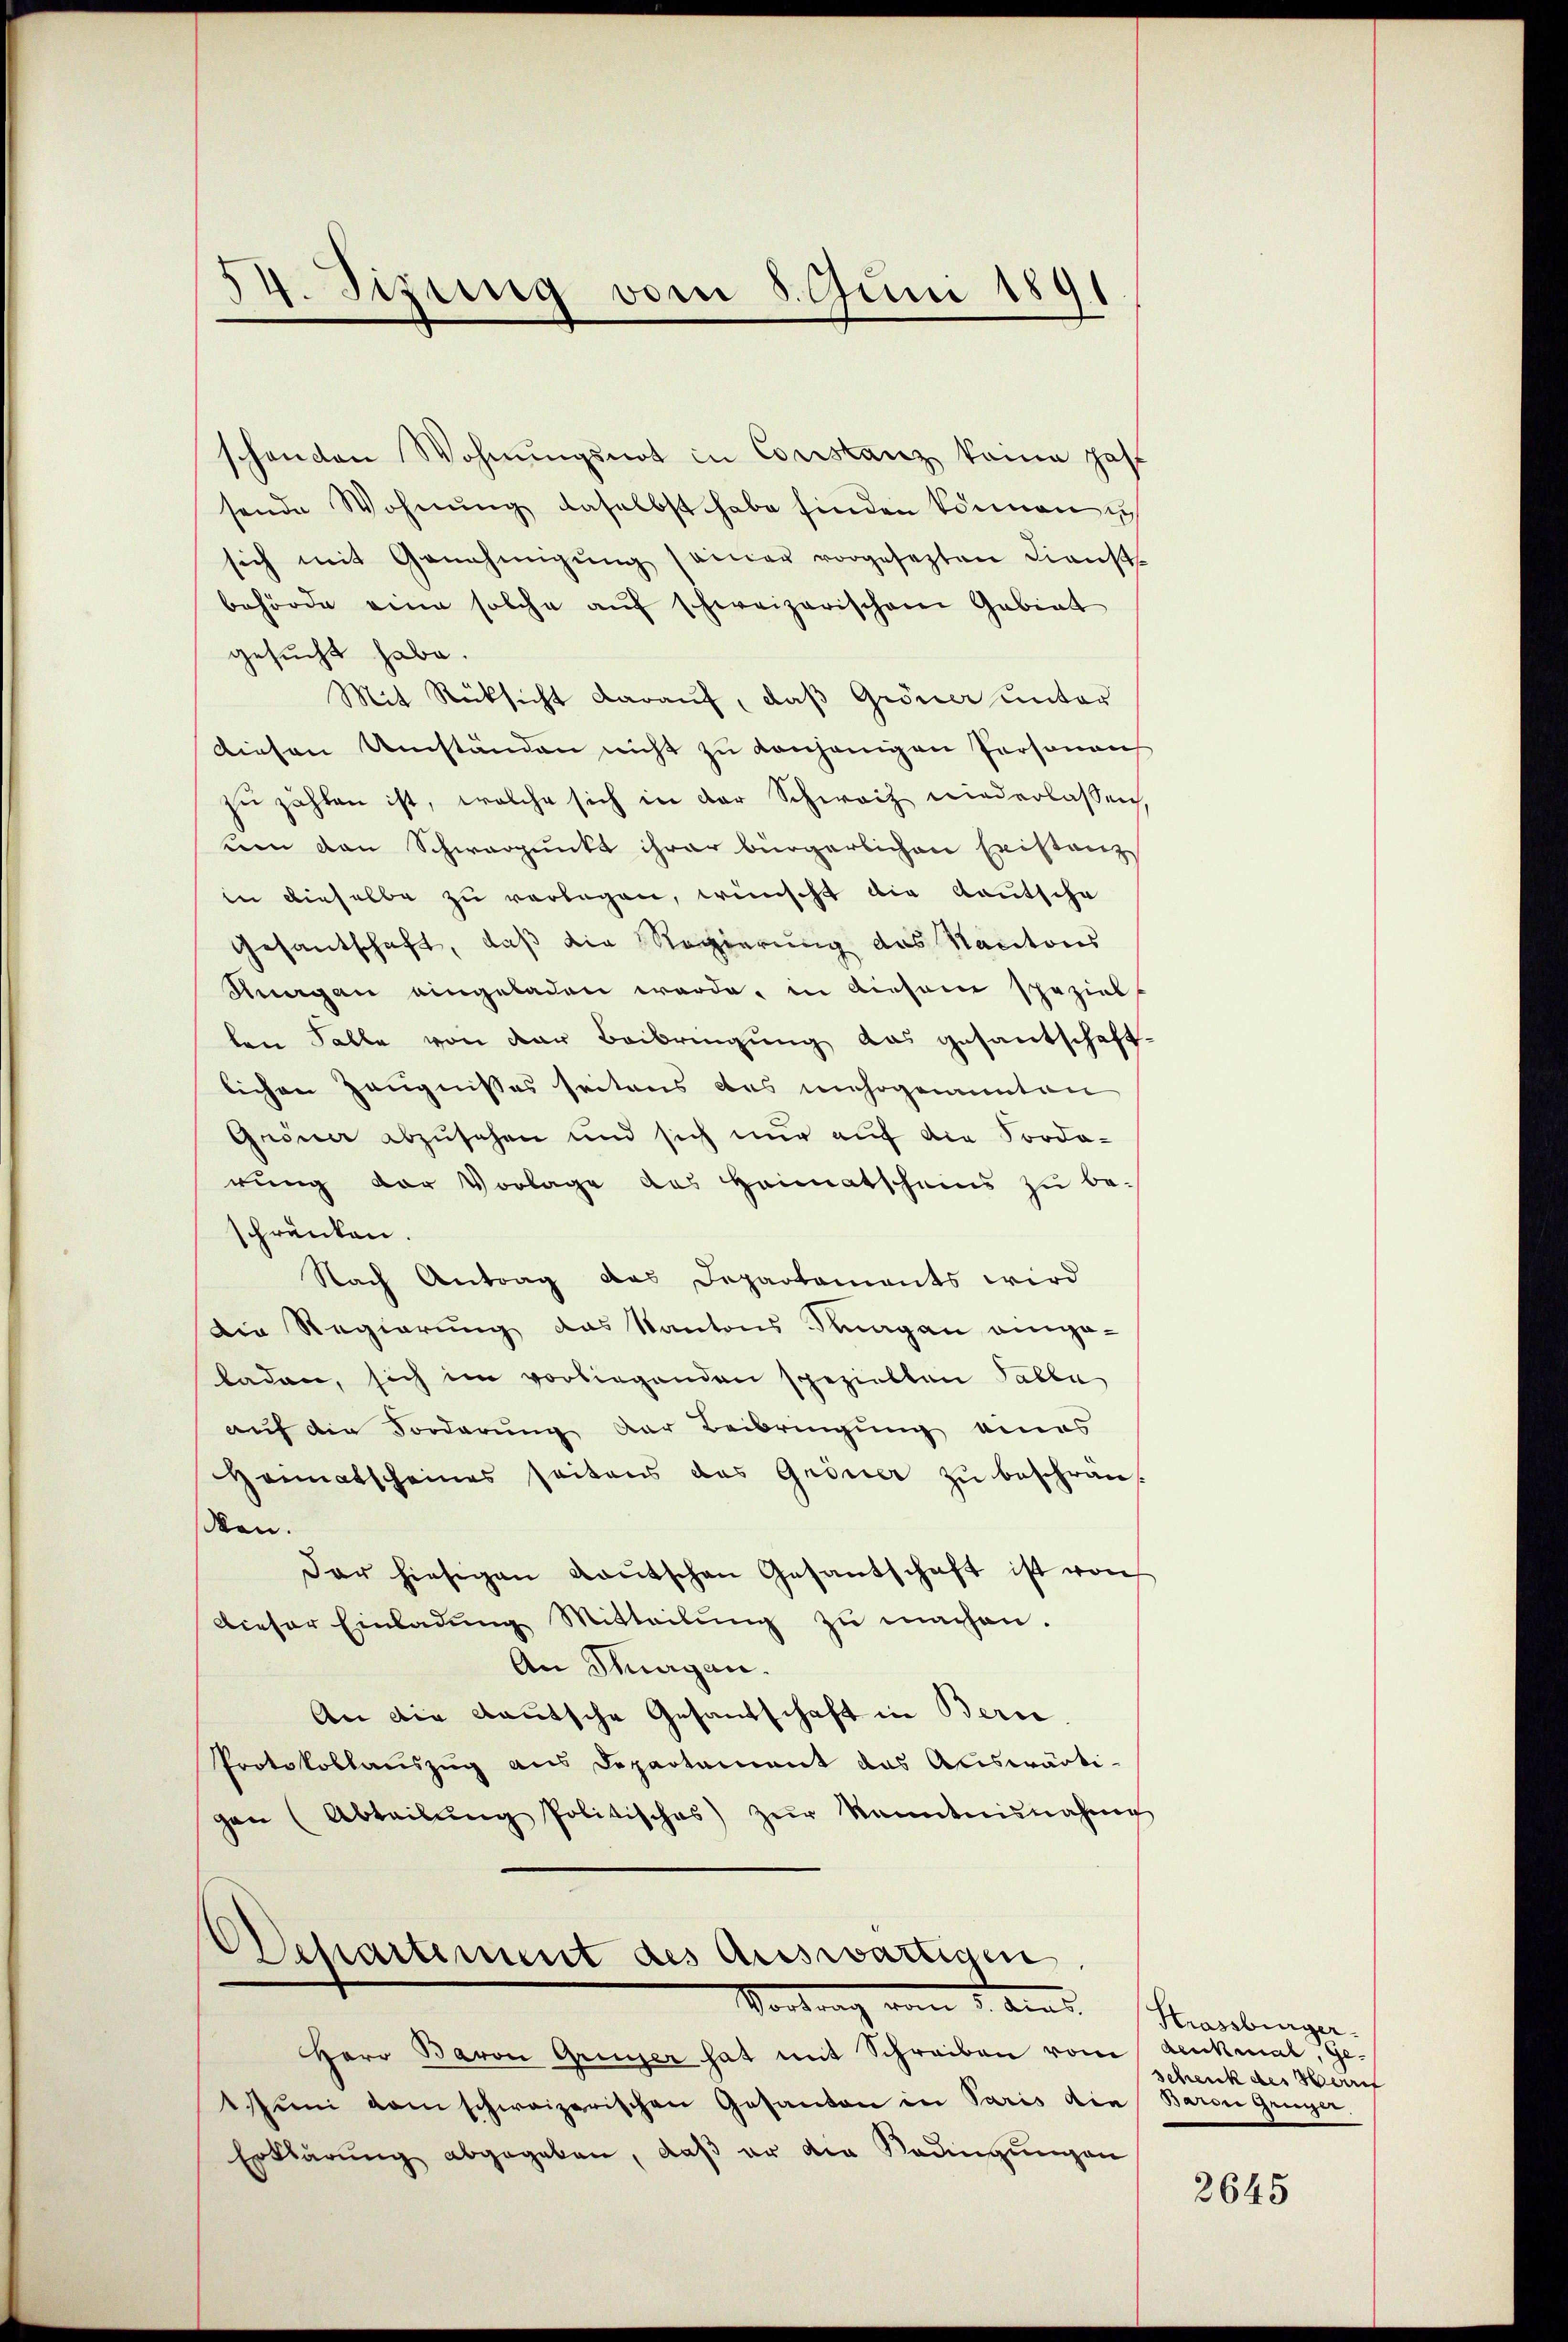
54. Sizung vom 5. Juni 1891

schenden Wohnŭngsnot in Constanz keine zahl
sende Wohnŭng daselbst habe finden können ih
sich mit Genehmigŭng seiner vorgesezten Dienst-
behörde eine solche aŭf schweizerischen Gabiat
gesucht habe.
Mit Rücksicht darauf, daß Gröner unter
Diesen Umständen nicht zu konsenigen Personen
zŭ zählen ist, welche sich in der Schweiz niederlassen,
een den Schwarpunkt ihrer bürgerlichen Existanz
in dieselbe zu verlegen, wünscht die Kautscha
Gesantschaft, daß die Regierung des Kantons
Hergan eingeladen werde, in diesem speziel
len Falle von der Beibringung das gesantschaftlichen Zeugnisses seitens des unehrgenannten
Gröner abzusehen und sich nur auf die Forderung der Vorlage des Heimatscheins zu beschränken.
Nach Antrag das Departaments wird
Die Regierung das Kantons Sagan einge-
laden, sich im vorliegenden speziellen Talle
auf die Forderung der Beibringung eines
Heimatscheines seitens das Griner zŭ beschrän-
den.
Dar hiesigen Kaŭtschen Gesantschaft ist von
Dieser Einladŭng Mitteilŭng zŭ machen.
An Thurgau.
An die Bautsche Gesandschaft in Berne.
Protokollauszug aus Departement das Auswärti-
gen (Abteilŭng politisches) zŭr Kenntnunahm

Departement des Auswärtigen
Vortrag vom 1. Aus

Herr Baron Grusser hat mit Schreiben vom denkmal, Ge-
ŭni dem schweizerischen Gesanden in Paris die Baron Greyer,
Erklärŭng abgegeben, daβ er die Radingŭngen

Krassburger.
schenk des Beruf

2645